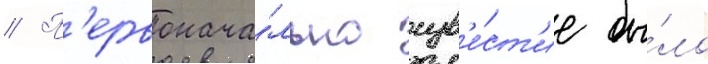
// П'ервонача́льно изв'е́ст'ие бы́ло